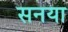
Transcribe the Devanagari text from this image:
सनया